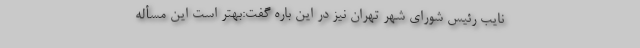
نایب رئیس شورای شهر تهران نیز در این باره گفت:‌بهتر است این مسأله